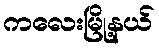
ကလေးမြို့နယ်